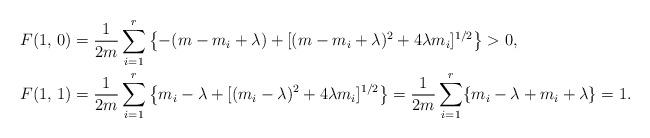
LaTeX: \begin{align*} F(1,\, 0) &= \frac{1}{2m} \sum_{i=1}^r \left\{-(m-m_i+\lambda) + [(m-m_i+\lambda)^2+4\lambda m_i]^{1/2} \right\}>0, \\ F(1,\, 1) &= \frac{1}{2m} \sum_{i=1}^r \left\{m_i-\lambda + [(m_i-\lambda)^2+4\lambda m_i]^{1/2} \right\} = \frac{1}{2m} \sum_{i=1}^r \{ m_i-\lambda+m_i+\lambda\} =1.\end{align*}